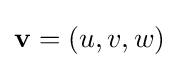
\mathbf {v} =(u,v,w)